Report on vaccination North-West Frontier Province 1904-1922 - 1904-1922
Year: 1904
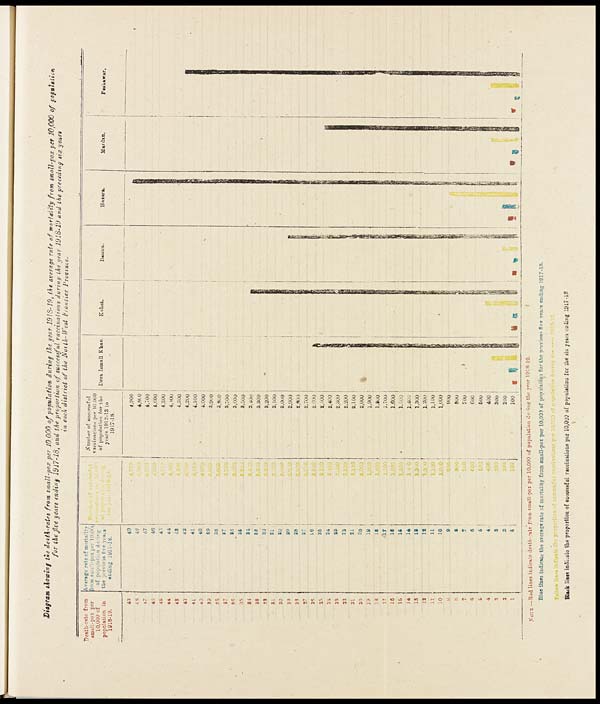
Diagram showing the death-rates from small-pox per 10, 000 of population during the year 1918-19, the average rate of mortality from small-pox pet 10,000 of population
for the five years ending 1917-18, and the proportion of successful vaccinations during the year 1918-19 and the preceding six years
in each district of the North-West Frontier Province.